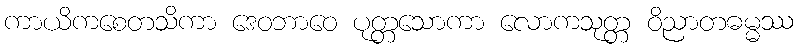
ကာယိကစေတသိကာ ဒေဝဘာဝေ ပုတ္တသောကာ လောကသုတ္တ ဝိညာတဓမ္မဿ